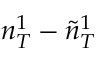
n _ { T } ^ { 1 } - \tilde { n } _ { T } ^ { 1 }